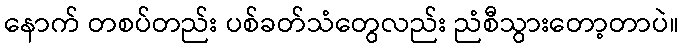
နောက် တစပ်တည်း ပစ်ခတ်သံတွေလည်း ညံစီသွားတော့တာပဲ။